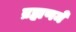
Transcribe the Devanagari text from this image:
ब्रह्मणमे